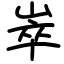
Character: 崒